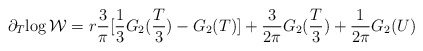
\begin{align*}\partial_{T}{\log \cal W} = r \frac{3}{\pi}[\frac{1}{3} G_{2}(\frac{T}{3})- G_2(T)]+\frac{3}{2 \pi}G_{2}(\frac{T}{3}) + \frac{1}{2 \pi}G_{2}(U)\end{align*}